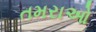
તમરાઓ